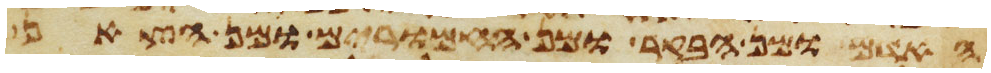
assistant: האדם ומן הבקר ומן החמרים ומן הצאן